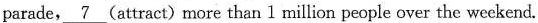
parade, \underline{7} (attract) more than 1 million people over the weckend.